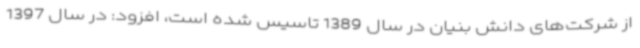
از شرکت‌های دانش بنیان در سال 1389 تاسیس شده است، افزود: در سال 1397